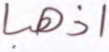
اذهبا